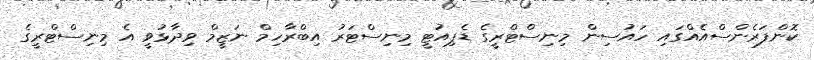
ކޮންފަރެންސްއެއްގައި ހައުސިން މިނިސްޓްރީގެ ޑެޕިއުޓީ މިނިސްޓަރު އިބްރާހިމް ނަޒީމް ވިދާޅުވީ އެ މިނިސްޓްރީގެ